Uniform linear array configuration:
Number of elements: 64
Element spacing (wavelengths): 0.5
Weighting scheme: exponential
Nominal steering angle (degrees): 45
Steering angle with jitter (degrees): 44.808
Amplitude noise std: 0.05
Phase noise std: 0.05

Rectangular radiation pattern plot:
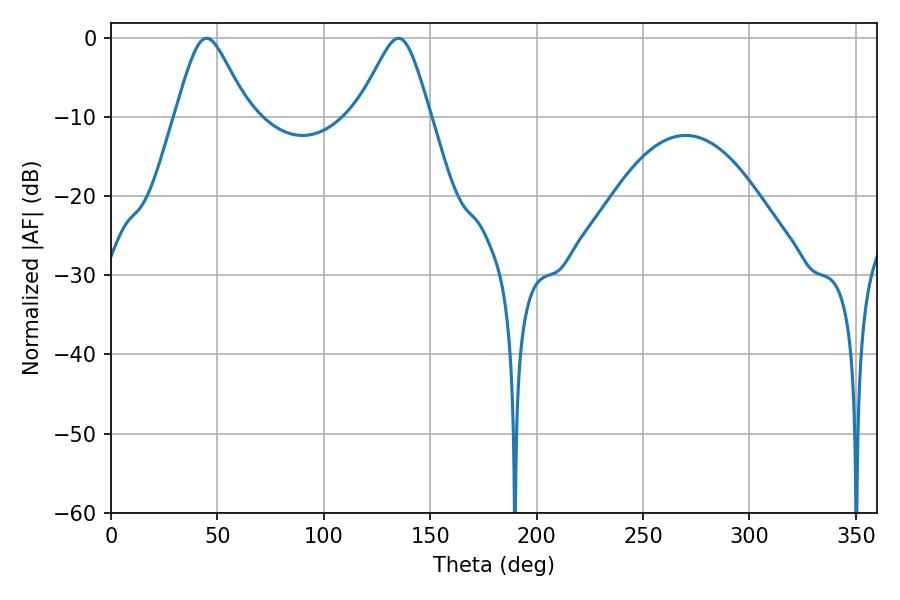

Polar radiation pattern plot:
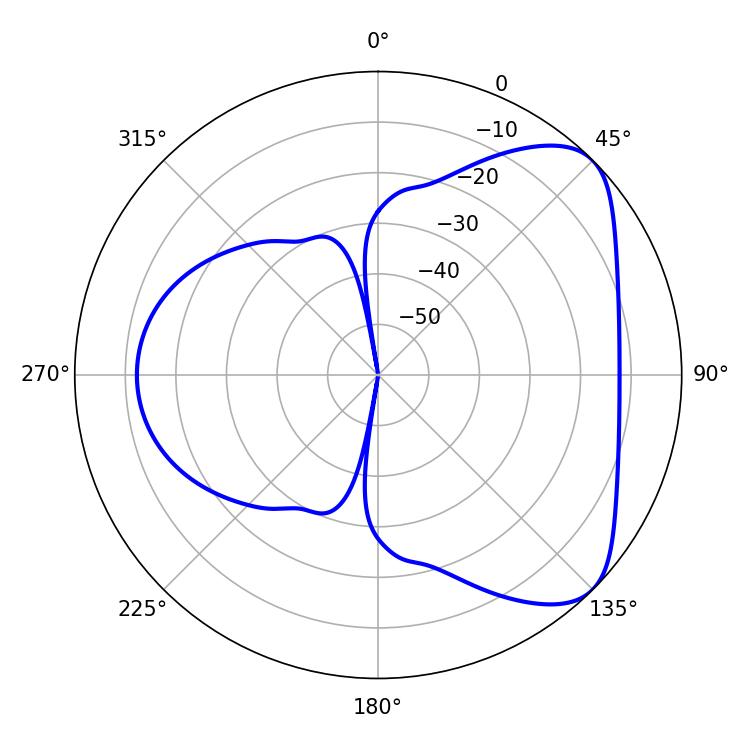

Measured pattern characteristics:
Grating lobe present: FALSE
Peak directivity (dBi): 6.018
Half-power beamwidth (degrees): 16.56
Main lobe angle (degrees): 44.82